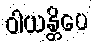
ဝါယန္တိပေ